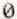
0